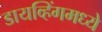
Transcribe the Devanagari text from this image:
डायव्हिंगमध्ये